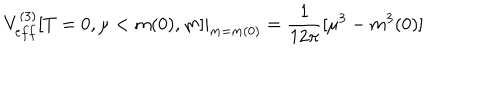
V _ { e f f } ^ { ( 3 ) } [ T = 0 , \mu < m ( 0 ) , m ] | _ { m = m ( 0 ) } = \frac { 1 } { 1 2 \pi } [ \mu ^ { 3 } - m ^ { 3 } ( 0 ) ]